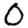
Digit: 0